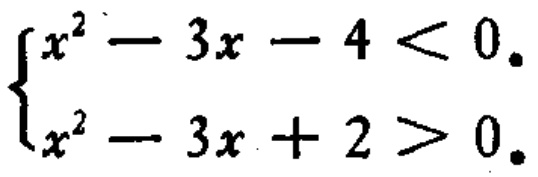
$\begin{cases}
x^{2}-3x - 4 < 0. \\
x^{2}-3x + 2 > 0.
\end{cases}$